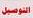
التو